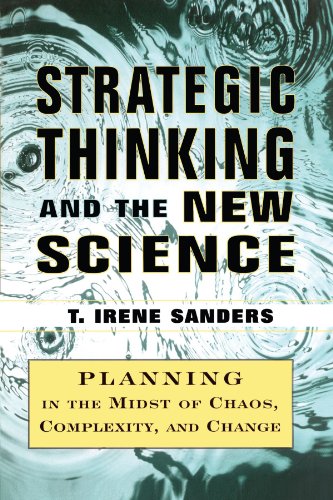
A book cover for Strategic Thinking and the New Science: Planning in the Midst of Chaos Complexity and Chan; T. Irene Sanders; Business & Money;